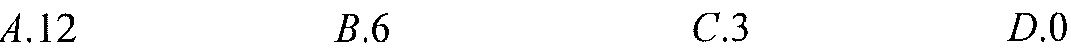
\(A.12\quad B.6\quad C.3\quad D.0\)